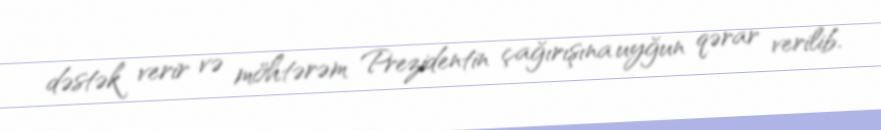
dəstək verir və möhtərəm Prezidentin çağırışına uyğun qərar verilib.